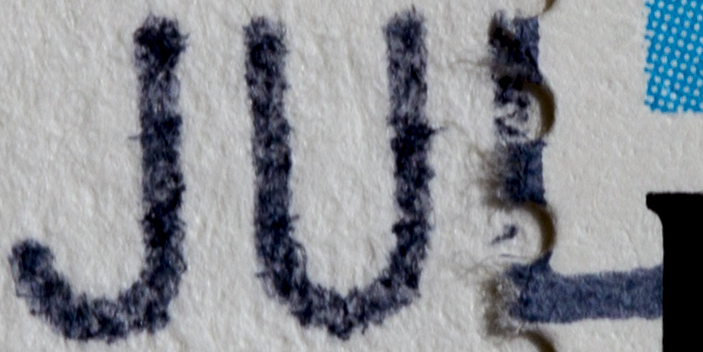
JUL